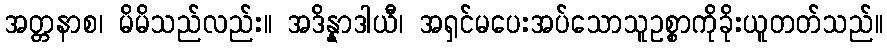
အတ္တနာစ၊ မိမိသည်လည်း။ အဒိန္နာဒါယီ၊ အရှင်မပေးအပ်သောသူဥစ္စာကိုခိုးယူတတ်သည်။